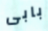
بابى